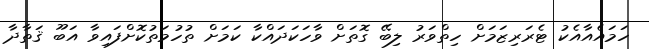
ހަމައެއާއެކު ޓެރަރިޒަމަށް ހިތްވަރު ލިބޭ ގޮތަށް ވާހަކަދައްކާ ކަމަށް ތުހުމަތުކޮށްފައިވާ އަބޫ ޤަތާދާ